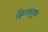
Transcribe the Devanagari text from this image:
दिव्यायुधः